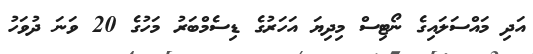
އަދި މައްސަލައިގެ ނޯޓިސް މިދިޔަ އަހަރުގެ ޑިސެމްބަރު މަހުގެ 20 ވަނަ ދުވަހު